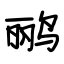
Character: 鹂